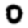
Digit: 0